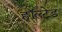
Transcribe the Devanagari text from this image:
हॉल्टेड